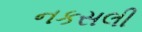
નકસલી